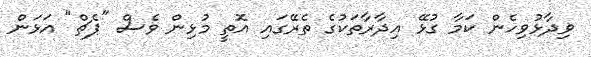
ވިދާޅުވިހެން ކަމާ ގުޅޭ އިދާރާތަކުގެ ތެރޭގައި އޮތީ މުޅިން ވެސް "ޕެޗް" އަޅަން